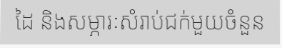
ដៃ និងសម្ភារៈសំរាប់ជក់មួយចំនួន